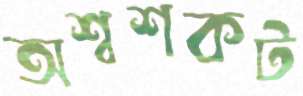
অশ্বশকট